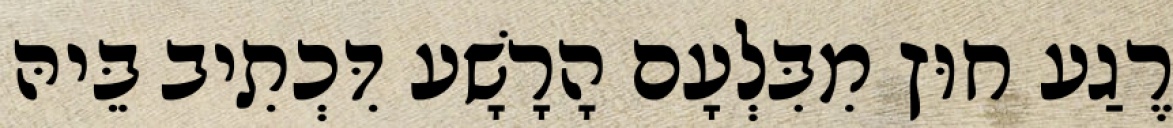
רֶגַע חוּץ מִבִּלְעָם הָרָשָׁע דִּכְתִיב בֵּיהּ